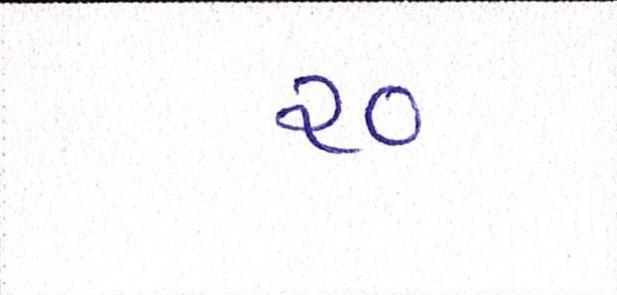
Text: ર૦